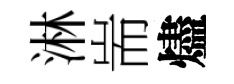
淋耑燼